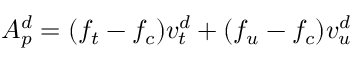
A _ { p } ^ { d } = ( f _ { t } - f _ { c } ) v _ { t } ^ { d } + ( f _ { u } - f _ { c } ) v _ { u } ^ { d }